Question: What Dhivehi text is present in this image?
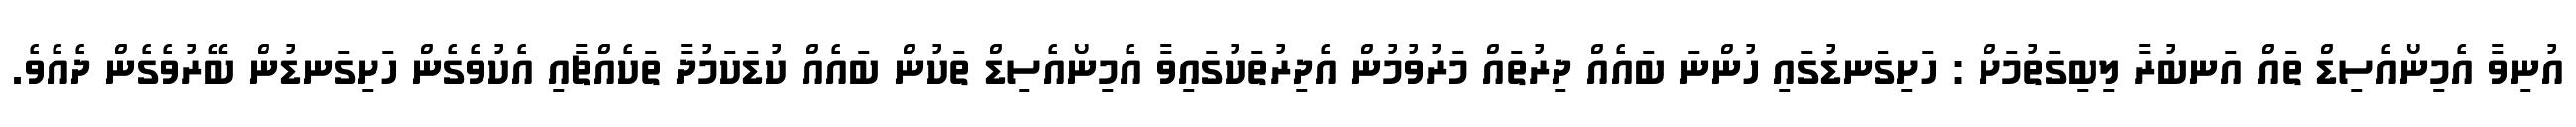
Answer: އުނިވާ އެމިނޯއެސިޑް ތައް އަނބުރާ ލިބިގަތުމަށް : ހަށިގަނޑުގައި ހުންނަ ބައެއް ދިރުތައް މަރުވުމުން އެދިރުތަކުގައިވާ އެމިނޯއެސިޑް ތަކުން ބައެއް ކުޑަކަމުދާ ތަކެއްޗާއި އެކުވެގެން ހަށިގަނޑުން ބޭރުވެގެން ދެއެވެ.